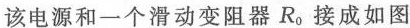
该电源和一个滑动变阻器R。接成如图